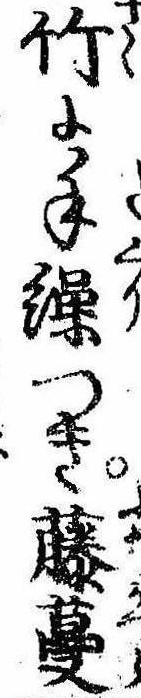
竹に手繰つき藤蔓